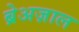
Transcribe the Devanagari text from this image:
ब्रेअज़ाल